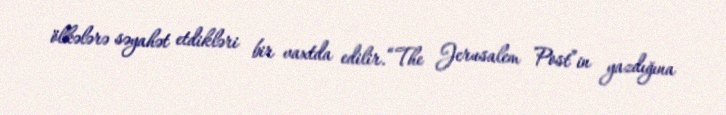
ölkələrə səyahət etdikləri bir vaxtda edilir.“The Jerusalem Post”in yazdığına